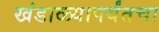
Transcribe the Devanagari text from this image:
खंडाळ्यापर्यंतचा